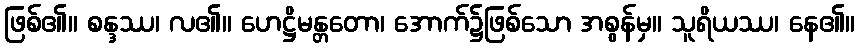
ဖြစ်၏။ စန္ဒဿ၊ လ၏။ ဟေဋ္ဌိမန္တတော၊ အောက်၌ဖြစ်သော အစွန်မှ။ သူရိယဿ၊ နေ၏။